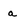
Character: a